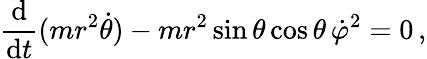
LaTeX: {\frac{\mathrm{d}}{\mathrm{d}t}}(mr^{2}{\dot{\theta}})-mr^{2}\sin\theta\cos\theta\, {\dot{\varphi}}^{2}=0\, ,